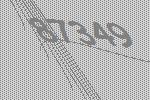
87349